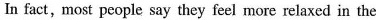
In fact, most people say they feel more relaxed in the